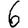
Digit: 6